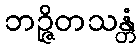
ဘဉ္ဇိတသန္တံ